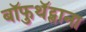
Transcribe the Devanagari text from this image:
बॉफुथॅट्स्वाना